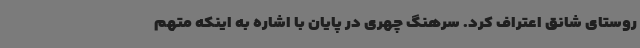
روستای شانق اعتراف کرد. سرهنگ چهری در پایان با اشاره به اینکه متهم